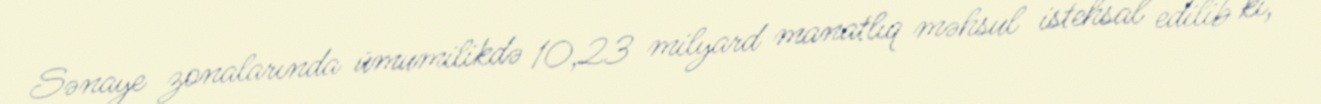
Sənaye zonalarında ümumilikdə 10,23 milyard manatlıq məhsul istehsal edilib ki,